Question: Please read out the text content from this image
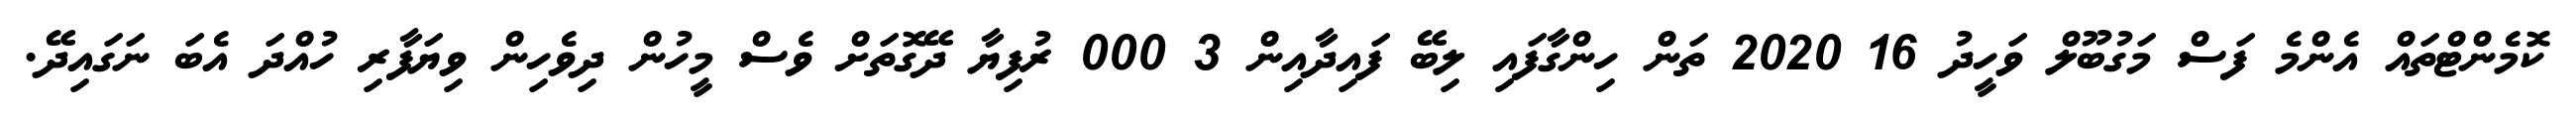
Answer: ކޮމެންޓްތައް އެންމެ ފަސް މަގުބޫލް ވަހީދު 16 2020 ތަން ހިންގާފައި ލިބޭ ފައިދާއިން 3 000 ރުފިޔާ ދޭގޮތަށް ވެސް މީހުން ދިވެހިން ވިޔަފާރި ހުއްދަ އެބަ ނަގައިދޭ.